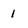
Character: 1